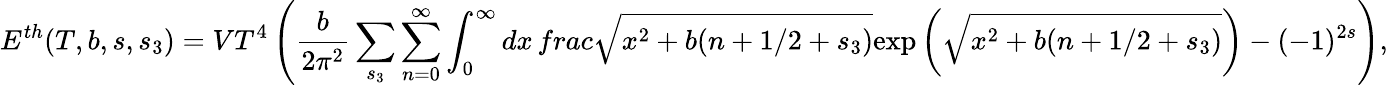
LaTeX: E^{th}(T,b,s,s_{3})=VT^{4}\left(\frac{b}{2\pi^{2}}\sum_{s_{3}}\sum_{n=0}^{\infty}\int_{0}^{\infty}dx\, frac{\sqrt{x^{2}+b(n+1/2+s_{3})}}{\exp\left(\sqrt{x^{2}+b(n+1/2+s_{3})}\right)-(-1)^{2s}}\right),